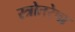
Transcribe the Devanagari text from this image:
स्त्रोतरेषा